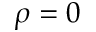
\rho = 0